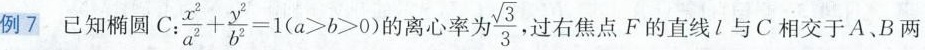
例7 已知椭圆C:$$\frac { x ^ { 2 } } { a ^ { 2 } } + \frac { y ^ { 2 } } { b ^ { 2 } } = 1$$($$a > b > 0$$) 的离心率为 \frac{\sqrt{3}}{3}。过右焦点F的直线l与C相交于A、B两